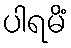
ပါရမိံ